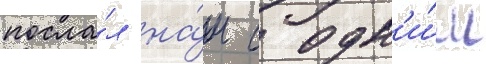
посла́л на́м с одн'и́м